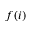
f ( i )